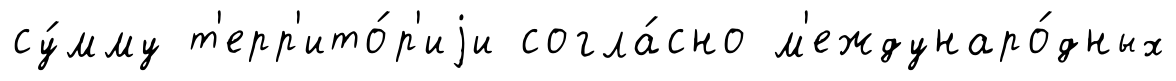
су́мму т'ерр'ито́р'иjи согла́сно м'еждунаро́дных